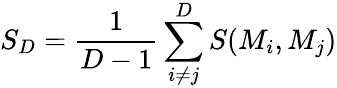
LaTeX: S_{D}=\frac{1}{D-1}\sum_{i\neq j}^{D}S(M_{i},M_{j})